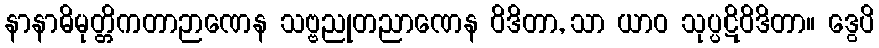
နာနာဓိမုတ္တိကတာဉာဏေန သဗ္ဗညုတညာဏေန ဝိဒိတာ, သာ ယာဝ သုပ္ပဋိဝိဒိတာ။ ဒွေပိ